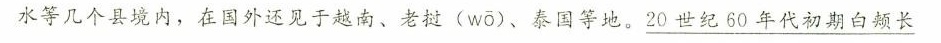
水等几个县境内，在国外还见于越南、老挝(wō)、泰国等地。\underline{20世纪60年代初期白颊长}